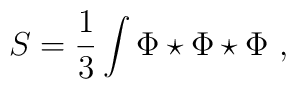
S=\frac{1}{3}\int \Phi\star\Phi\star \Phi \ ,